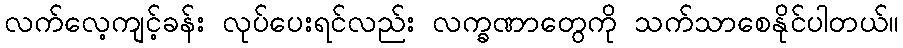
လက်လေ့ကျင့်ခန်း လုပ်ပေးရင်လည်း လက္ခဏာတွေကို သက်သာစေနိုင်ပါတယ်။